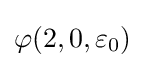
\varphi (2,0,\varepsilon _{0})